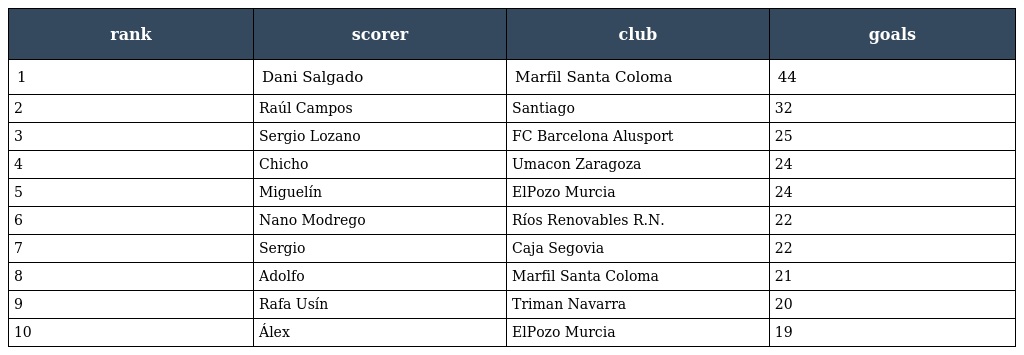
| rank | scorer | club | goals |
 | --- | --- | --- | --- |
 | 1 | Dani Salgado | Marfil Santa Coloma | 44 |
 | 2 | Raúl Campos | Santiago | 32 |
 | 3 | Sergio Lozano | FC Barcelona Alusport | 25 |
 | 4 | Chicho | Umacon Zaragoza | 24 |
 | 5 | Miguelín | ElPozo Murcia | 24 |
 | 6 | Nano Modrego | Ríos Renovables R.N. | 22 |
 | 7 | Sergio | Caja Segovia | 22 |
 | 8 | Adolfo | Marfil Santa Coloma | 21 |
 | 9 | Rafa Usín | Triman Navarra | 20 |
 | 10 | Álex | ElPozo Murcia | 19 |